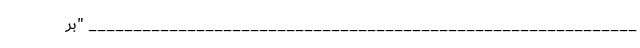
_____________________________________________________________ "بر